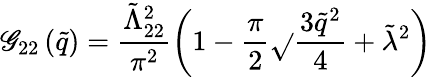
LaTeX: \mathscr{G}_{22}\left(\tilde{{q}}\right)=\frac{{\tilde{{\Lambda}}_{22}^{2}}}{{\pi^{2}}}\left(1-\frac{{\pi}}{{2}}\sqrt{}{{\frac{{3\tilde{{q}}^{2}}}{{4}}+\tilde{{\lambda}}^{2}}}\right)